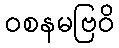
ဝစနမဗြဝိ